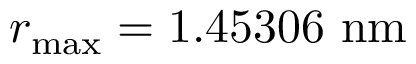
r _ { \operatorname* { m a x } } = 1 . 4 5 3 0 6 ~ \mathrm { n m }